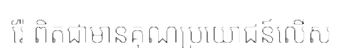
រ៉ែ ពិតជាមានគុណប្រយោជន៍លើស